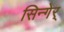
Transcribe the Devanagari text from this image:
सिन्गेर्